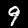
Digit: 9